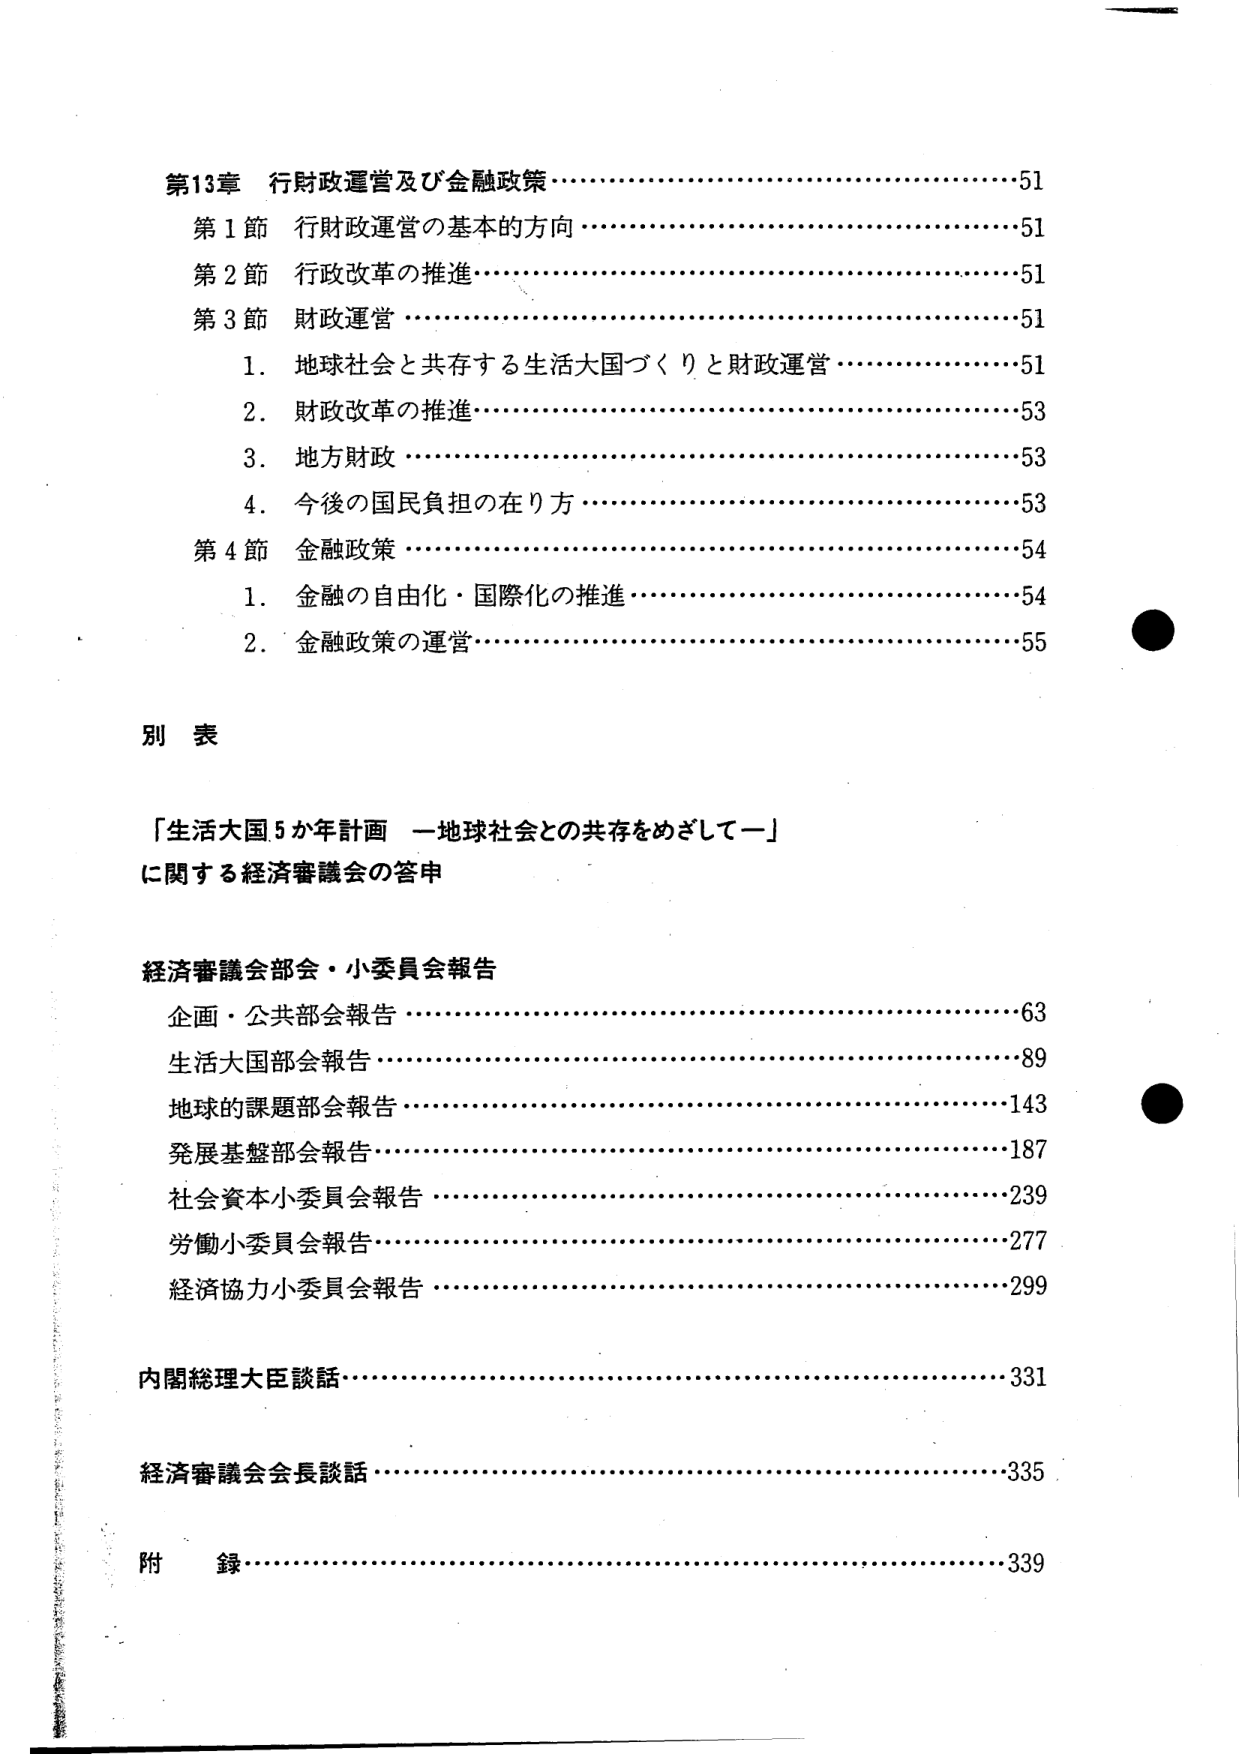
第13章 行財政運営及び金融政策……………………………………51
第1節 行財政運営の基本的方向……………………………………51
第2節 行政改革の推進………………………………………………51
第3節 財政運営………………………………………………………51
　　1．地球社会と共存する生活大国づくりと財政運営………………51
　　2．財政改革の推進………………………………………………53
　　3．地方財政………………………………………………………53
　　4．今後の国民負担の在り方………………………………………53
第4節 金融政策………………………………………………………54
　　1．金融の自由化・国際化の推進…………………………………54
　　2．金融政策の運営………………………………………………55

別表
「生活大国5か年計画 —地球社会との共存をめざして—」
に関する経済審議会の答申

経済審議会部会・小委員会報告
　　企画・公共部会報告………………………………………………63
　　生活大国部会報告…………………………………………………89
　　地球の課題部会報告………………………………………………143
　　発展基盤部会報告…………………………………………………187
　　社会資本小委員会報告……………………………………………239
　　労働小委員会報告…………………………………………………277
　　経済協力小委員会報告……………………………………………299

内閣総理大臣談話……………………………………………………331
経済審議会会長談話…………………………………………………335
附　録…………………………………………………………………339